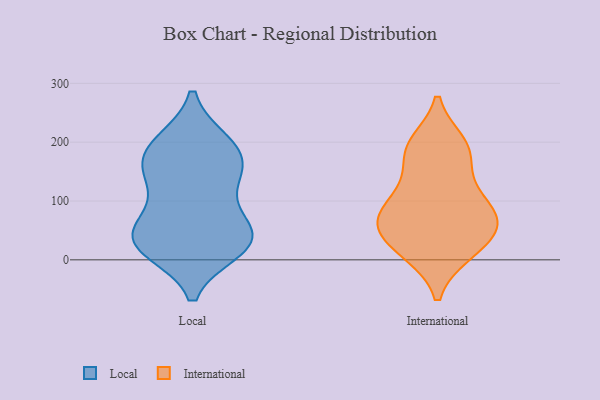
{"axis": {"x": "Net Income (USD K)", "y": "Value"}, "legend": ["International", "Local"], "data": [{"x": "", "y": 150, "type": "Local"}, {"x": "", "y": 151, "type": "Local"}, {"x": "", "y": 192, "type": "Local"}, {"x": "", "y": 56, "type": "Local"}, {"x": "", "y": 22, "type": "Local"}, {"x": "", "y": 164, "type": "Local"}, {"x": "", "y": 39, "type": "Local"}, {"x": "", "y": 18, "type": "Local"}, {"x": "", "y": 24, "type": "Local"}, {"x": "", "y": 196, "type": "Local"}, {"x": "", "y": 131, "type": "Local"}, {"x": "", "y": 199, "type": "Local"}, {"x": "", "y": 38, "type": "Local"}, {"x": "", "y": 39, "type": "Local"}, {"x": "", "y": 84, "type": "Local"}, {"x": "", "y": 124, "type": "International"}, {"x": "", "y": 198, "type": "International"}, {"x": "", "y": 12, "type": "International"}, {"x": "", "y": 72, "type": "International"}, {"x": "", "y": 45, "type": "International"}, {"x": "", "y": 11, "type": "International"}, {"x": "", "y": 94, "type": "International"}, {"x": "", "y": 123, "type": "International"}, {"x": "", "y": 17, "type": "International"}, {"x": "", "y": 65, "type": "International"}, {"x": "", "y": 191, "type": "International"}, {"x": "", "y": 63, "type": "International"}, {"x": "", "y": 70, "type": "International"}, {"x": "", "y": 64, "type": "International"}, {"x": "", "y": 175, "type": "International"}, {"x": "", "y": 192, "type": "International"}]}